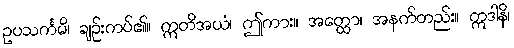
ဥပသင်္ကမိ၊ ချဉ်းကပ်၏။ ဣတိအယံ၊ ဤကား။ အတ္ထော၊ အနက်တည်း။ ဣဒါနိ၊